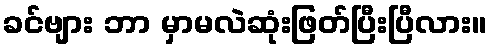
ခင်ဗျား ဘာ မှာမလဲဆုံးဖြတ်ပြီးပြီလား။